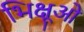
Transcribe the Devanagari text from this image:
भिक्षूओ